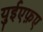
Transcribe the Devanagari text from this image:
युईएफ़ए